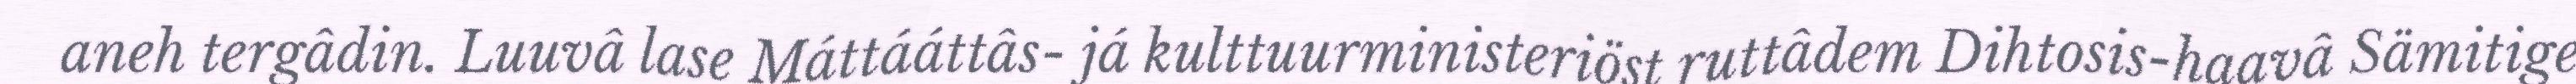
aneh tergâdin. Luuvâ lase Máttááttâs- já kulttuurministeriöst ruttâdem Dihtosis-haavâ Sämitige